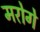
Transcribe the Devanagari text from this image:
मरोगे